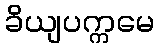
ခိယျပက္ကမေ